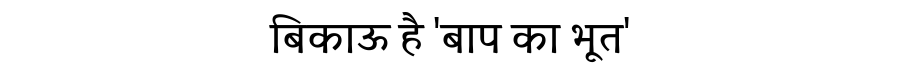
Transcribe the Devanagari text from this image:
बिकाऊ है 'बाप का भूत'